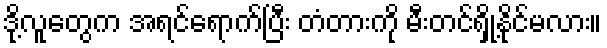
ဒို့လူတွေက အရင်ရောက်ပြီး တံတားကို မီးတင်ရှို့နိုင်မလား။